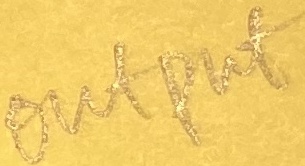
Text: OUTPUT